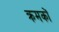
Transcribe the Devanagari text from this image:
क्रमकों